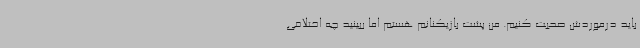
باید درموردش صحبت کنیم. من پشت بازیکنانم هستم اما ببینید چه اختلافی